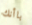
باأنك